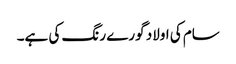
سام کی اولاد گورے رنگ کی ہے۔